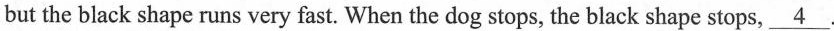
but the black shape runs very fast. When the dog stops, the black shape stops,\underline{4}.